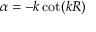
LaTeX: \alpha = - k \cot ( k R )